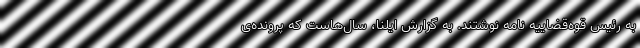
به رئیس قوه‌قضاییه نامه نوشتند. به گزارش ایلنا، سال‌هاست که پرونده‌ی